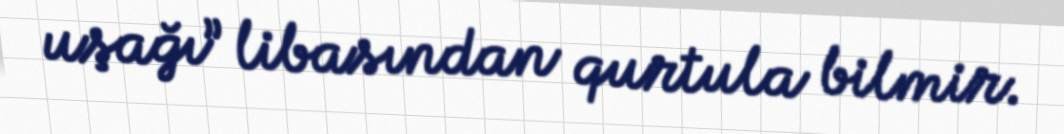
uşağı” libasından qurtula bilmir.